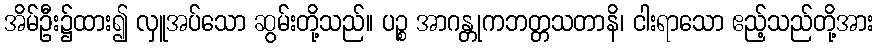
အိမ်ဦး၌ထား၍ လှူအပ်သော ဆွမ်းတို့သည်။ ပဉ္စ အာဂန္တုကဘတ္တသတာနိ၊ ငါးရာသော ဧည့်သည်တို့အား